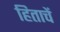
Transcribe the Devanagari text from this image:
हिताचें